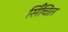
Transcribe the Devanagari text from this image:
सिँचित